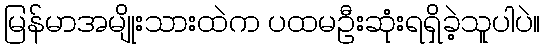
မြန်မာအမျိုးသားထဲက ပထမဦးဆုံးရရှိခဲ့သူပါပဲ။